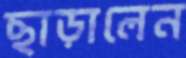
ছাড়ালেন